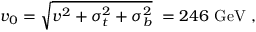
v _ { 0 } = \sqrt { v ^ { 2 } + \sigma _ { t } ^ { 2 } + \sigma _ { b } ^ { 2 } } \ = 2 4 6 \ \mathrm { G e V } \ ,